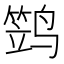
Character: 𱊢